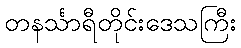
တနင်္သာရီတိုင်းဒေသကြီး